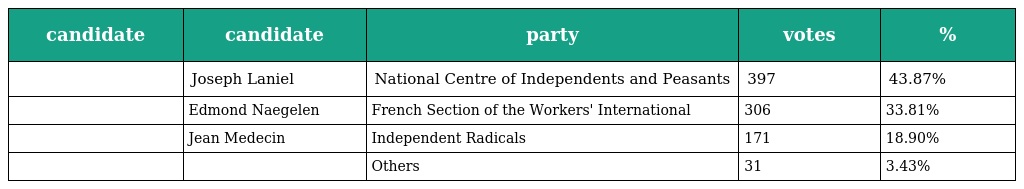
| candidate | candidate | party | votes | % |
 | --- | --- | --- | --- | --- |
 |  | Joseph Laniel | National Centre of Independents and Peasants | 397 | 43.87% |
 |  | Edmond Naegelen | French Section of the Workers' International | 306 | 33.81% |
 |  | Jean Medecin | Independent Radicals | 171 | 18.90% |
 |  |  | Others | 31 | 3.43% |